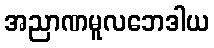
အညာဏမူလဘေဒါယ